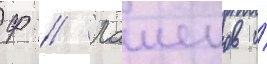
Ф // Лашенов и́